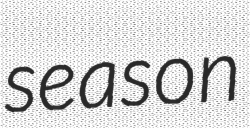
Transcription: season